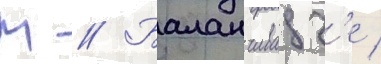
М // Баланчивадз'е /